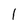
Character: 1